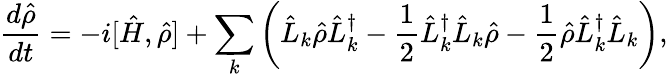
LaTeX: \frac{d\hat{\rho}}{dt}=-i[\hat{H},\hat{\rho}]+\sum_{k}\left(\hat{L}_{k}\hat{\rho}\hat{L}_{k}^{\dagger}-\frac{1}{2}\hat{L}_{k}^{\dagger}\hat{L}_{k}\hat{\rho}-\frac{1}{2}\hat{\rho}\hat{L}_{k}^{\dagger}\hat{L}_{k}\right),